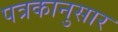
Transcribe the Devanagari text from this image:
पत्रकानुसार